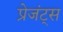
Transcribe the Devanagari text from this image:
प्रेजंट्स